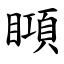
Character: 䁰